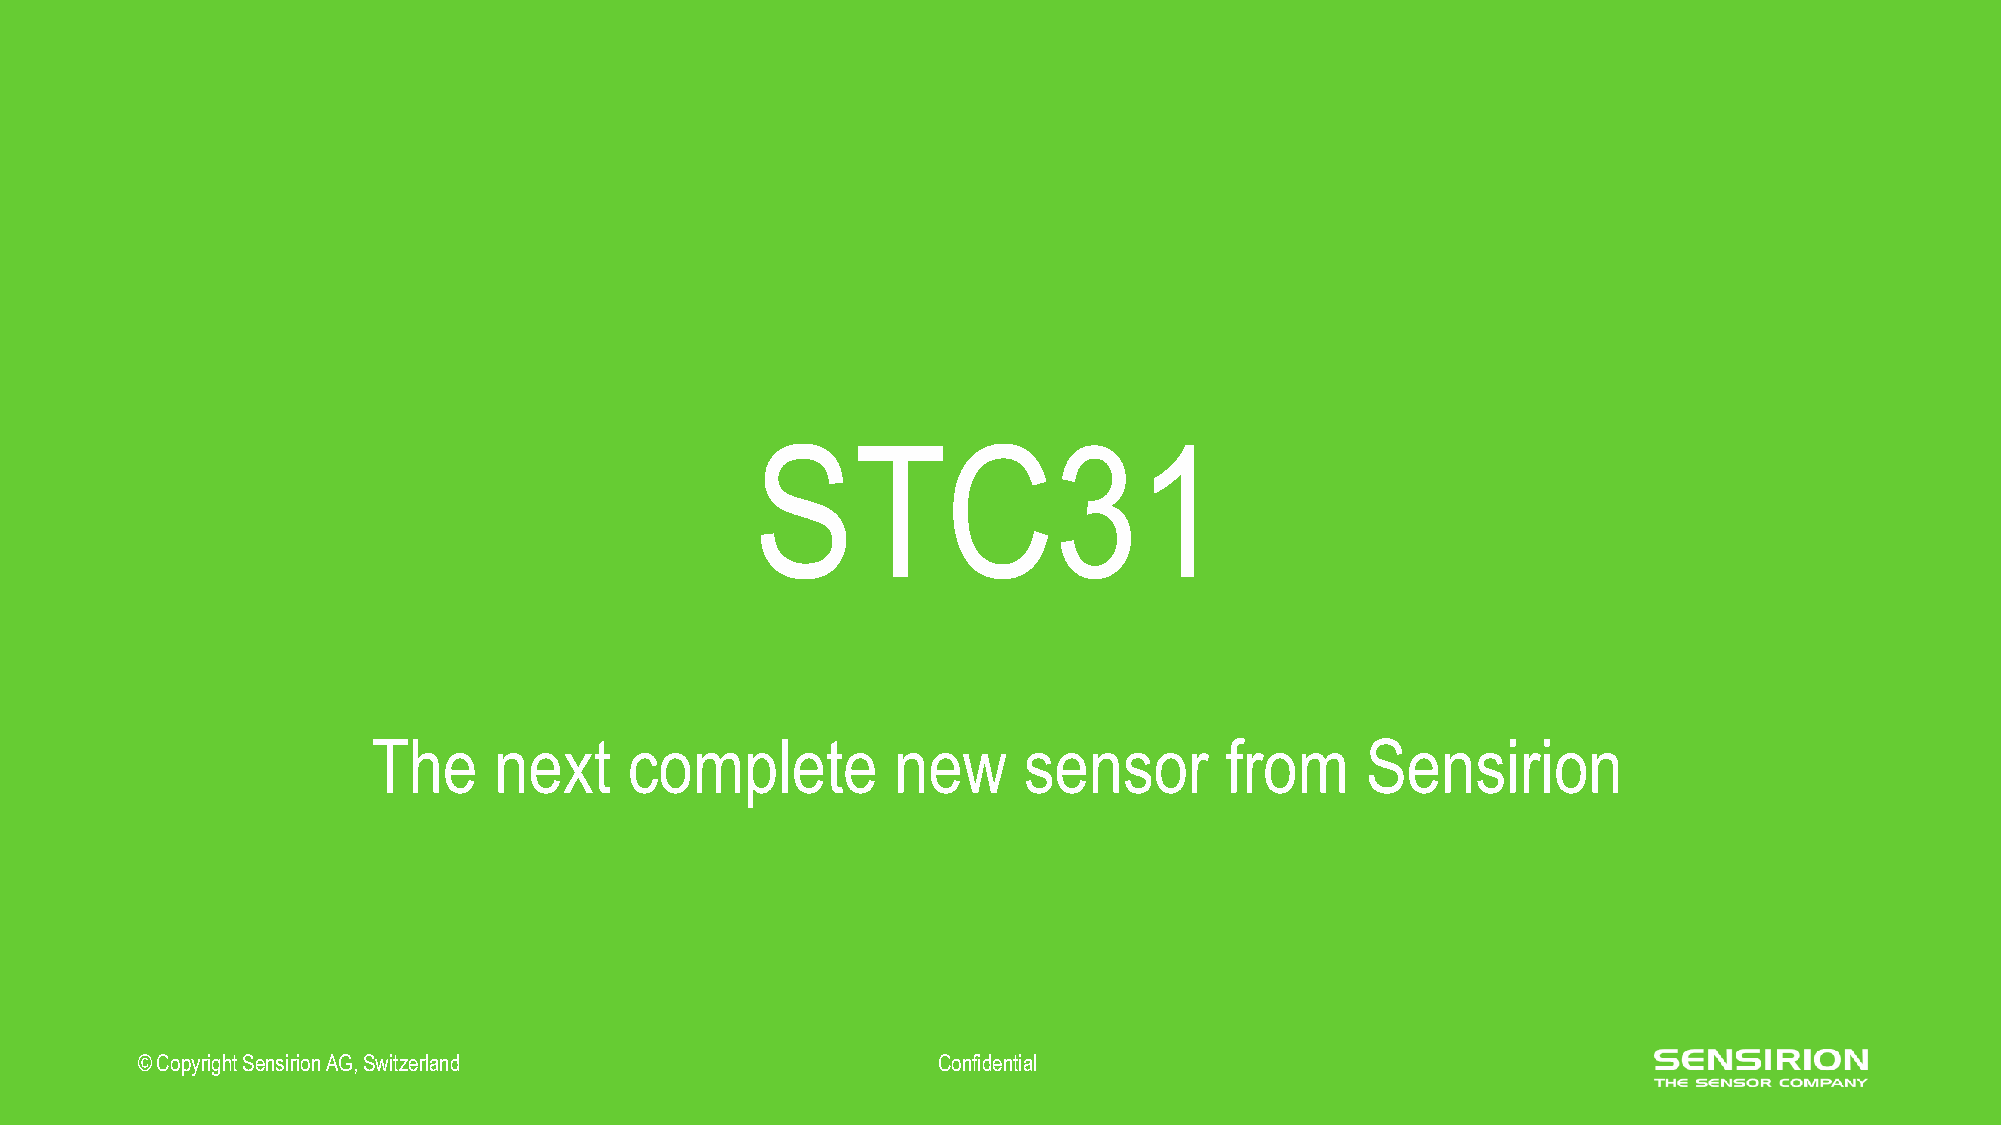
STC31
 The     next     complete         new      sensor       from     Sensirion
 ©© CCooppyyrriigghhtt SSeennssiirriioonn AAGG,, SSwwiittzzeerrllaanndd CCoonnffiiddeennttiiaall